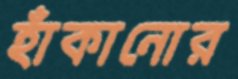
হাঁকানোর